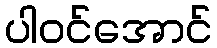
ပါဝင်အောင်